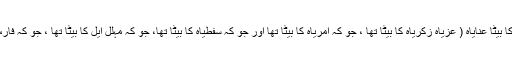
وہ سب تھے:عزیّاہ کا بیٹا عنایاہ ( عزیّاہ زکریاہ کا بیٹا تھا ، جو کہ امریاہ کا بیٹا تھا اور جو کہ سفطیاہ کا بیٹا تھا، جو کہ مہلل ایل کا بیٹا تھا ، جو کہ فارس کی نسل سے تھا۔